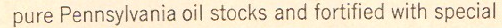
pure Pennsylvania oil stocks and fortified with special